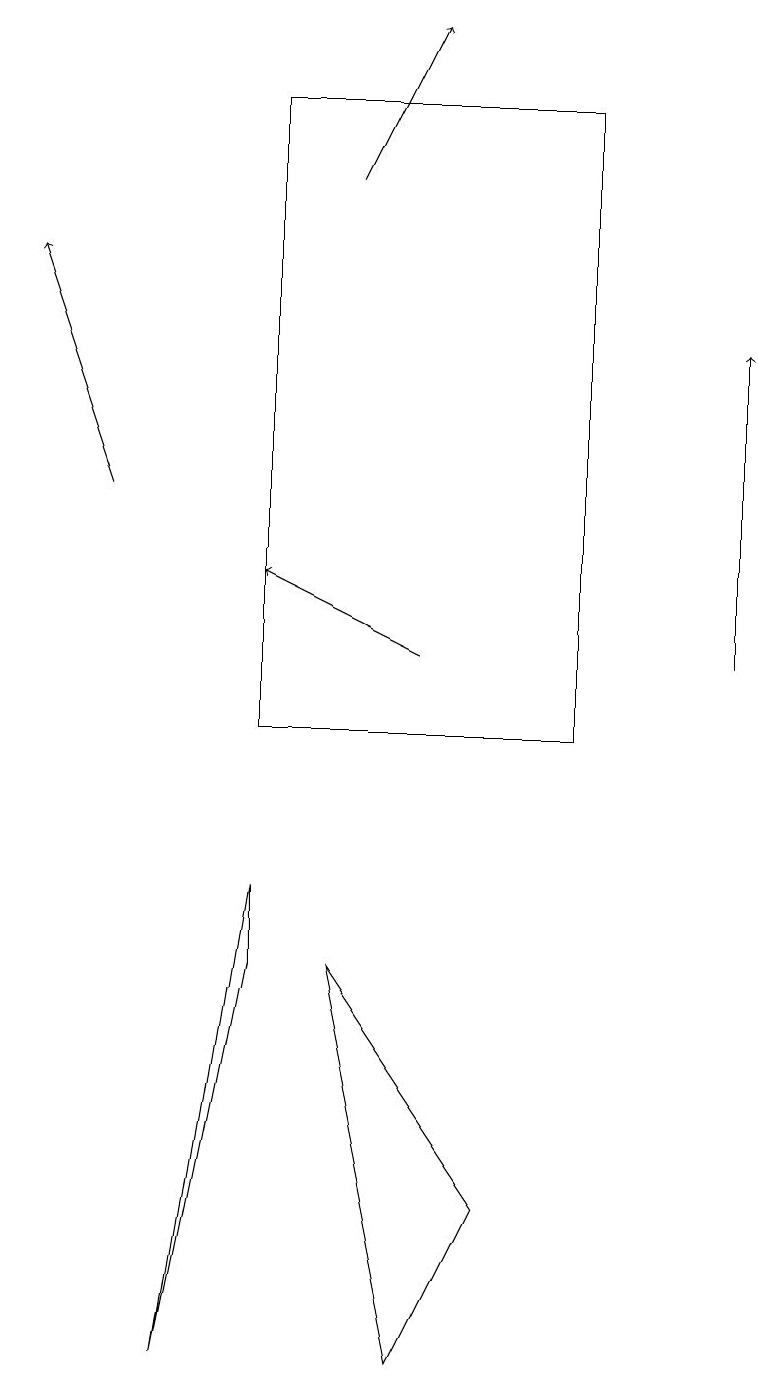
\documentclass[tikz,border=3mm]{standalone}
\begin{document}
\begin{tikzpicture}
\draw[->] (5,11) -- (3,12);
\draw (3,7) -- (3,8) -- (2,2) -- cycle;
\draw (4,7) -- (5,2) -- (6,4) -- cycle;
\draw[->] (1,13) -- (0,16);
\draw (7,18) rectangle (3,10);
\draw[->] (4,17) -- (5,19);
\draw[->] (9,11) -- (9,15);
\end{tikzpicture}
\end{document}